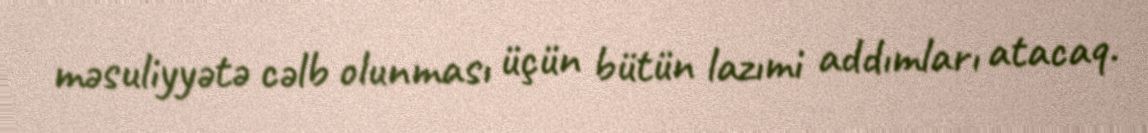
məsuliyyətə cəlb olunması üçün bütün lazımi addımları atacaq.